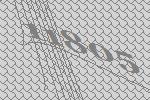
11805